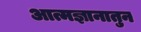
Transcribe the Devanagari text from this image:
आत्मज्ञानातुन